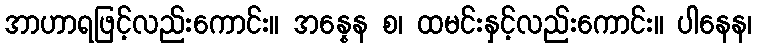
အာဟာရဖြင့်လည်းကောင်း။ အန္နေန စ၊ ထမင်းနှင့်လည်းကောင်း။ ပါနေန၊